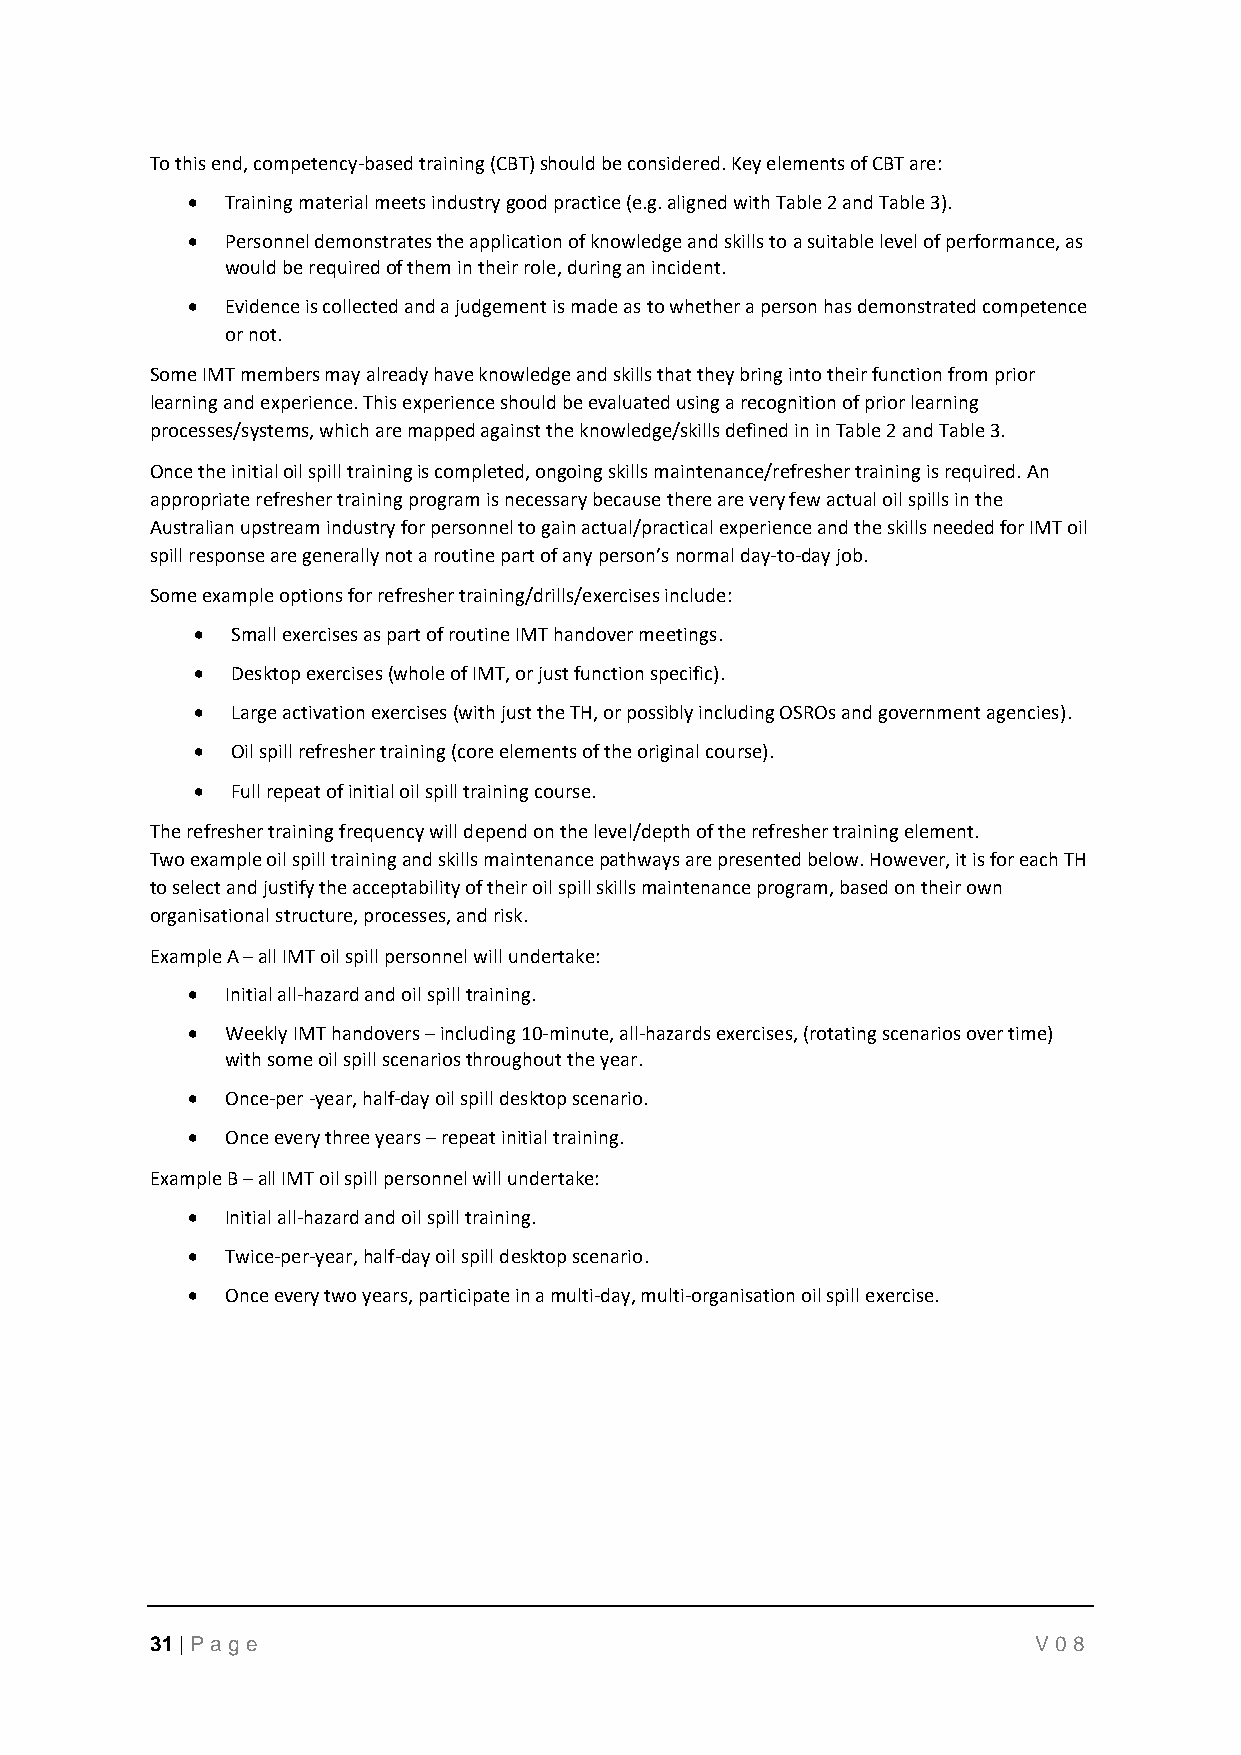
To this end, competency-based training (CBT) should be considered. Key elements of CBT are:
 •  Training material meets industry good practice (e.g. aligned with Table 2 and Table 3).
 •  Personnel demonstrates the application of knowledge and skills to a suitable level of performance, as
 would be required of them in their role, during an incident.
 •  Evidence is collected and a judgement is made as to whether a person has demonstrated competence
 or not.
 Some IMT members may already have knowledge and skills that they bring into their function from prior
 learning and experience. This experience should be evaluated using a recognition of prior learning
 processes/systems, which are mapped against the knowledge/skills defined in in Table 2 and Table 3.
 Once the initial oil spill training is completed, ongoing skills maintenance/refresher training is required. An
 appropriate refresher training program is necessary because there are very few actual oil spills in the
 Australian upstream industry for personnel to gain actual/practical experience and the skills needed for IMT oil
 spill response are generally not a routine part of any person’s normal day-to-day job.
 Some example options for refresher training/drills/exercises include:
 • Small exercises as part of routine IMT handover meetings.
 • Desktop exercises (whole of IMT, or just function specific).
 • Large activation exercises (with just the TH, or possibly including OSROs and government agencies).
 • Oil spill refresher training (core elements of the original course).
 • Full repeat of initial oil spill training course.
 The refresher training frequency will depend on the level/depth of the refresher training element.
 Two example oil spill training and skills maintenance pathways are presented below. However, it is for each TH
 to select and justify the acceptability of their oil spill skills maintenance program, based on their own
 organisational structure, processes, and risk.
 Example A – all IMT oil spill personnel will undertake:
 •  Initial all-hazard and oil spill training.
 •  Weekly IMT handovers – including 10-minute, all-hazards exercises, (rotating scenarios over time)
 with some oil spill scenarios throughout the year.
 •  Once-per -year, half-day oil spill desktop scenario.
 •  Once every three years – repeat initial training.
 Example B – all IMT oil spill personnel will undertake:
 •  Initial all-hazard and oil spill training.
 •  Twice-per-year, half-day oil spill desktop scenario.
 •  Once every two years, participate in a multi-day, multi-organisation oil spill exercise.
 31 | P age                                                 V08